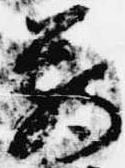
臈